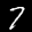
Label: 7